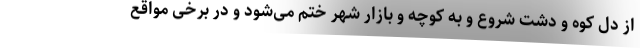
از دل کوه و دشت شروع و به کوچه و بازار شهر ختم می‌شود و در برخی مواقع